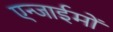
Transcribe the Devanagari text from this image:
एन्जाईमों